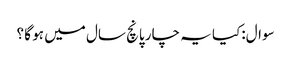
سوال:کیا یہ چار پانچ سال میں ہو گا ؟